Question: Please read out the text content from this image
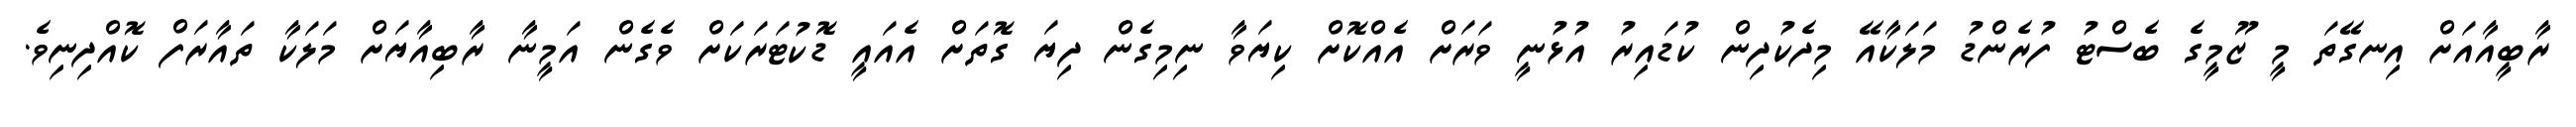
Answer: ރާބީއާއަށް އިނގޭތަ މީ ޒޫމީގެ ބެސްޓު ފުރެންޑު މަލަކާއޭ މިދެކުދިން ކުޑައިރު އުޅުނީ ވަރަށް އެއްކޮށް ކިޔަވާ ނިމިގެން ދިޔަ ގޮތަށް އެއައީ ޑޮކުޓަރަކަށް ވެގެން އަމީނާ ރާބިއާޔަށް މަލަކާ ތައާރަފް ކޮއްދިނިވެ.